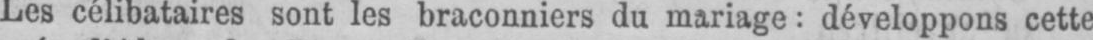
Les célibataires sont les braconniers du mariage: développons cette